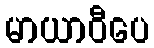
မာယာဝီပေ